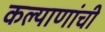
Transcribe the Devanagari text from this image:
कल्याणांची